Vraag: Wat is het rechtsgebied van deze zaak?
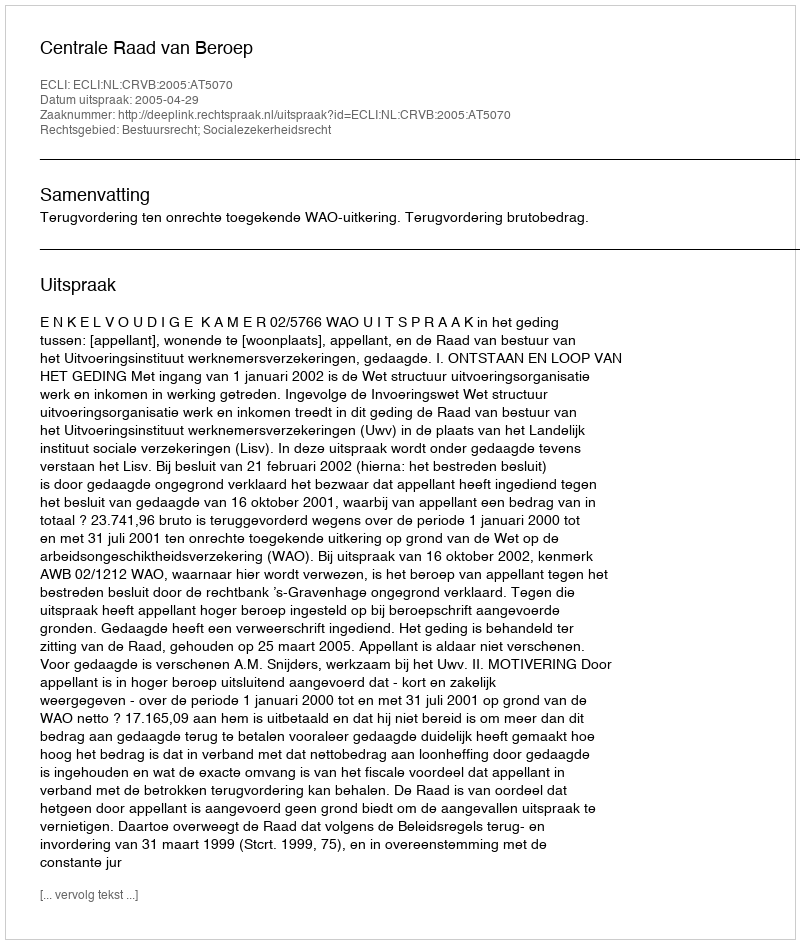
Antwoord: Bestuursrecht; Socialezekerheidsrecht